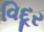
વિદૂર